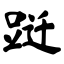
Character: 跹